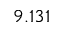
9 . 1 3 1